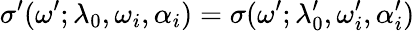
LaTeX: \sigma^{\prime}(\omega^{\prime};\lambda_{0},\omega_{i},\alpha_{i})=\sigma(\omega^{\prime};\lambda_{0}^{\prime},\omega_{i}^{\prime},\alpha_{i}^{\prime})